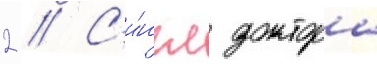
2 // С'и́нгл доктора